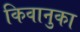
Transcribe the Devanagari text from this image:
किवानुका